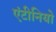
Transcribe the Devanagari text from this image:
एंटीनियो